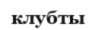
клубты